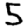
Digit: 5